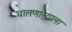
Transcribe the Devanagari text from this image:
घालणार्‍याला